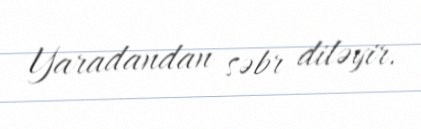
Yaradandan səbr diləyir.